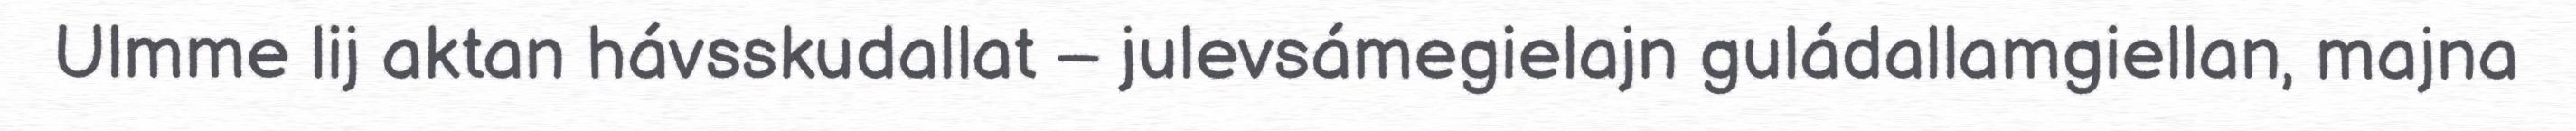
Ulmme lij aktan hávsskudallat – julevsámegielajn guládallamgiellan, majna